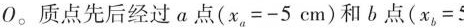
0。质点先后经过α点(x。=-5cm)和b点(x，=5cm)